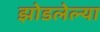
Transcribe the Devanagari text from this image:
झोडलेल्या